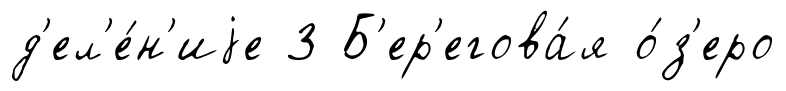
д'ел'е́н'иjе 3 Б'ер'егова́я о́з'еро